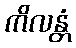
ကိလန္တံ